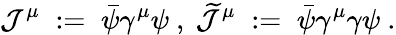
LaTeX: {\mathcal J}^{\mu}\; :=\; \bar{\psi}\gamma^{\mu}\psi\ ,\ \widetilde{{\mathcal J}}^{\mu}\; :=\; \bar{\psi}\gamma^{\mu}\gamma\psi\ .